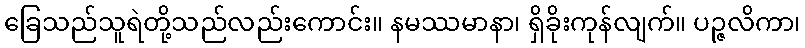
ခြေသည်သူရဲတို့သည်လည်းကောင်း။ နမဿမာနာ၊ ရှိခိုးကုန်လျက်။ ပဉ္ဇလိကာ၊